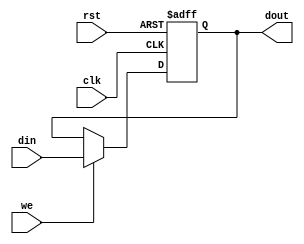
//------------------------------------------------------------------------//
//                                                                        //
//  Class           : Comp. Organ. and Design class                       //
//  Project         : PICO_basic_system                                   //
//                                                                        //
//------------------------------------------------------------------------//
//  HISTORY         :                                                     //
//  REV   DATE        AUTHOR        NOTE                                  //
//  0.01  2006        N.Hamada      Initial Version                       //
//  0.02  2007/08/06  Y.Sato        Using Megafunction Memory Version     //
//  0.03  2009/08/20  Y.Ikegaki     Revise descriptions                   //
//                                                                        //
//------------------------------------------------------------------------//

module register
  (
   //-- input --//
   din, 
   we, 
   clk, 
   rst,
   //-- output --//
   dout
   );
   
   //-- input
   input  [15:0] din;
   input         we;
   input         clk;
   input         rst;
   
   //-- output
   output [15:0] dout;
   //-- reg
   reg    [15:0] dout;


   always @(posedge clk or negedge rst) begin
      if(!rst) dout <= 16'b0;
      else     dout <= (we) ? din : dout;
   end

endmodule // register